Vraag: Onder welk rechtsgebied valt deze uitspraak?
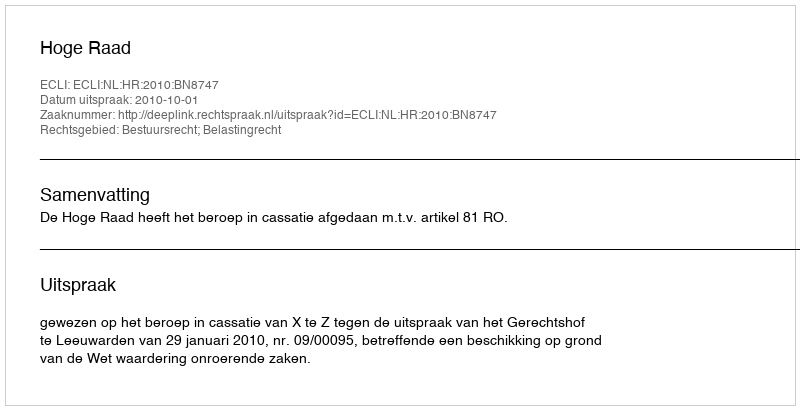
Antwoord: Bestuursrecht; Belastingrecht